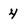
Character: 4